Problem: 3 × 6 = ?
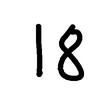
Handwritten answer: 18